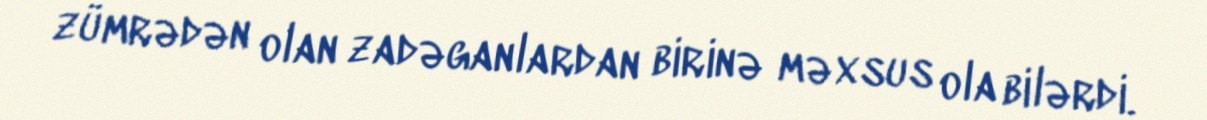
zümrədən olan zadəganlardan birinə məxsus ola bilərdi.